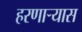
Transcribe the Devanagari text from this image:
हरणार्‍यास